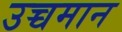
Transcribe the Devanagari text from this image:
उच्चमान